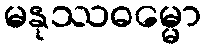
မနုဿဓမ္မော